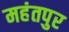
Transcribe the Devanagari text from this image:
महंतपुर